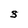
Character: S